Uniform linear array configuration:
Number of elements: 8
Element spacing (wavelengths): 0.5
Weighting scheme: exponential
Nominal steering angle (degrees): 60
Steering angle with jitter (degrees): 61.871
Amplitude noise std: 0.05
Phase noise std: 0.05

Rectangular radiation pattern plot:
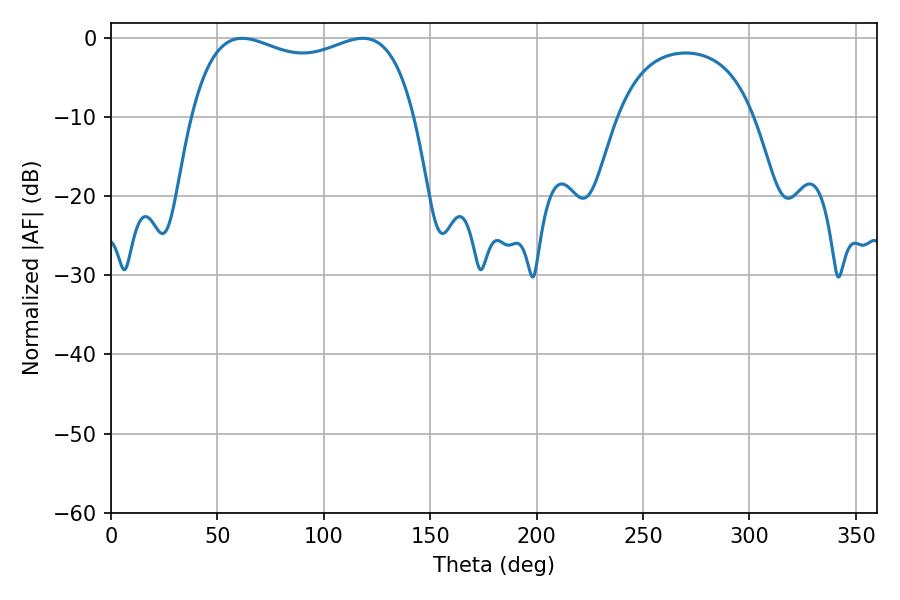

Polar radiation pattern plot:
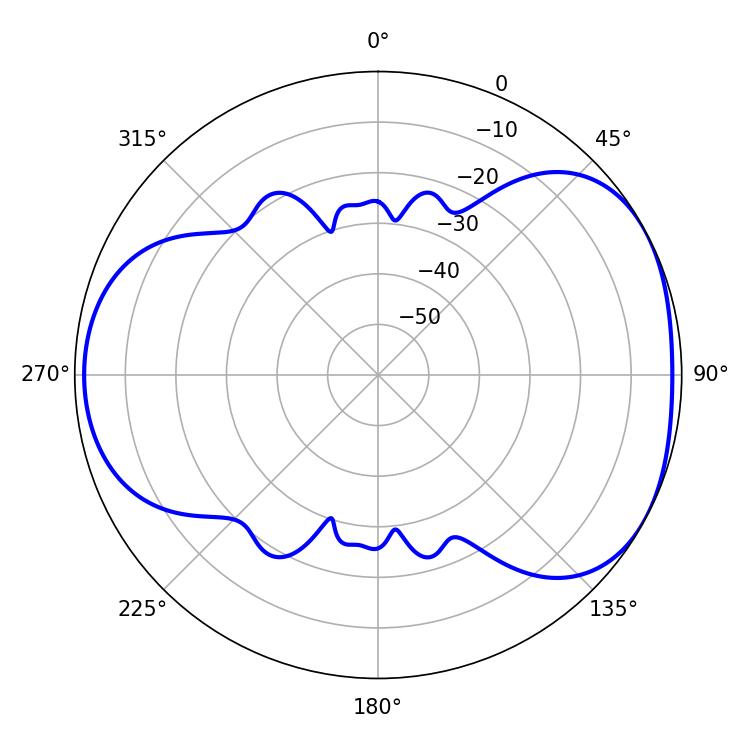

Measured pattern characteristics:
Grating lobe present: FALSE
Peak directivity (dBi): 4.616
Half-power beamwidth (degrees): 86.04
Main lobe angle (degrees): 61.74